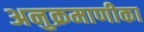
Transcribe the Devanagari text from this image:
अनुक्रमाणीका